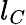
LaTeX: l_{C}